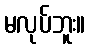
မလုပ်ဘူး။